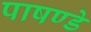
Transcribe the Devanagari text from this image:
पाषण्डे